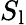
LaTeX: S_{\textrm{l}}